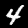
Label: 4